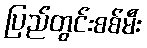
ပြည်တွင်းစစ်မီး